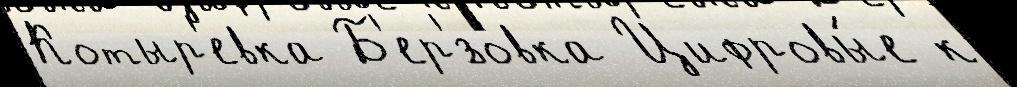
Котыр'евка Б'ер'́зовка Цифровы́е к